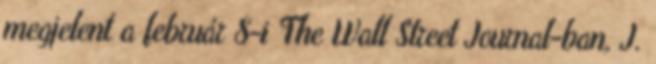
megjelent a február 8-i The Wall Street Journal-ban, J.